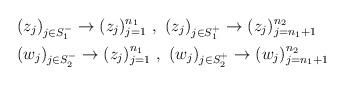
LaTeX: \begin{align*}&(z_j)_{j\in S_1^-}\to (z_j)_{j=1}^{n_1}\,\,,\,\,(z_j)_{j\in S_1^+}\to (z_j)_{j=n_1+1}^{n_2}\\&(w_j)_{j\in S_2^-}\to (z_j)_{j=1}^{n_1}\,\,,\,\,(w_j)_{j\in S_2^+}\to (w_j)_{j=n_1+1}^{n_2}\end{align*}